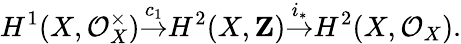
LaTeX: H^{1}(X,{\mathcal{O}}_{X}^{\times}){\stackrel{c_{1}}{\to}}H^{2}(X,\mathbf{Z}){\stackrel{i_{*}}{\to}}H^{2}(X,{\mathcal{O}}_{X}).